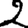
Digit: 2